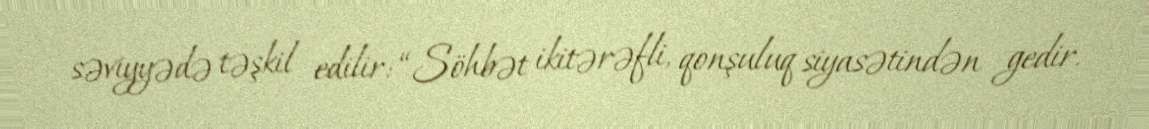
səviyyədə təşkil edilir: “Söhbət ikitərəfli, qonşuluq siyasətindən gedir.